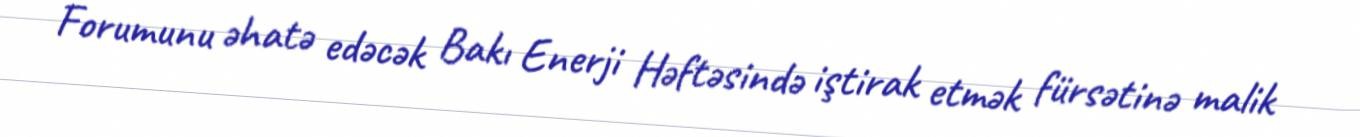
Forumunu əhatə edəcək Bakı Enerji Həftəsində iştirak etmək fürsətinə malik